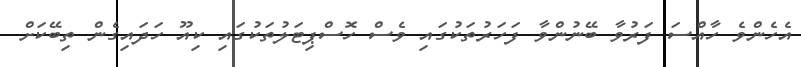
އެހެންވެ ހާއްސަ ފަރުވާ ބޭނުންވާ ފަހަރުތަކުގައި ވެސް ހޮސްޕިޓަލުތަކުގައި ކިއޫ ހަދައިގެން ތިބޭކަށް